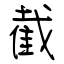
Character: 截